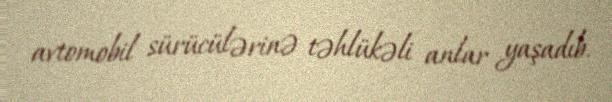
avtomobil sürücülərinə təhlükəli anlar yaşadıb.